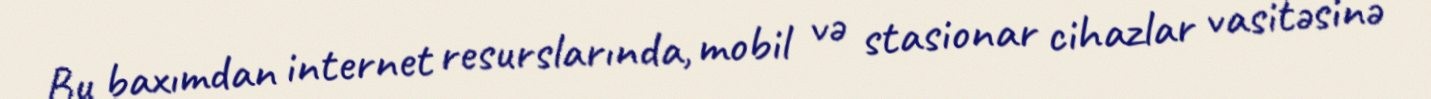
Bu baxımdan internet resurslarında, mobil və stasionar cihazlar vasitəsinə